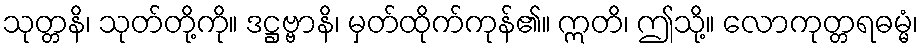
သုတ္တနိ၊ သုတ်တို့ကို။ ဒဋ္ဌဗ္ဗာနိ၊ မှတ်ထိုက်ကုန်၏။ ဣတိ၊ ဤသို့။ လောကုတ္တရဓမ္မံ၊